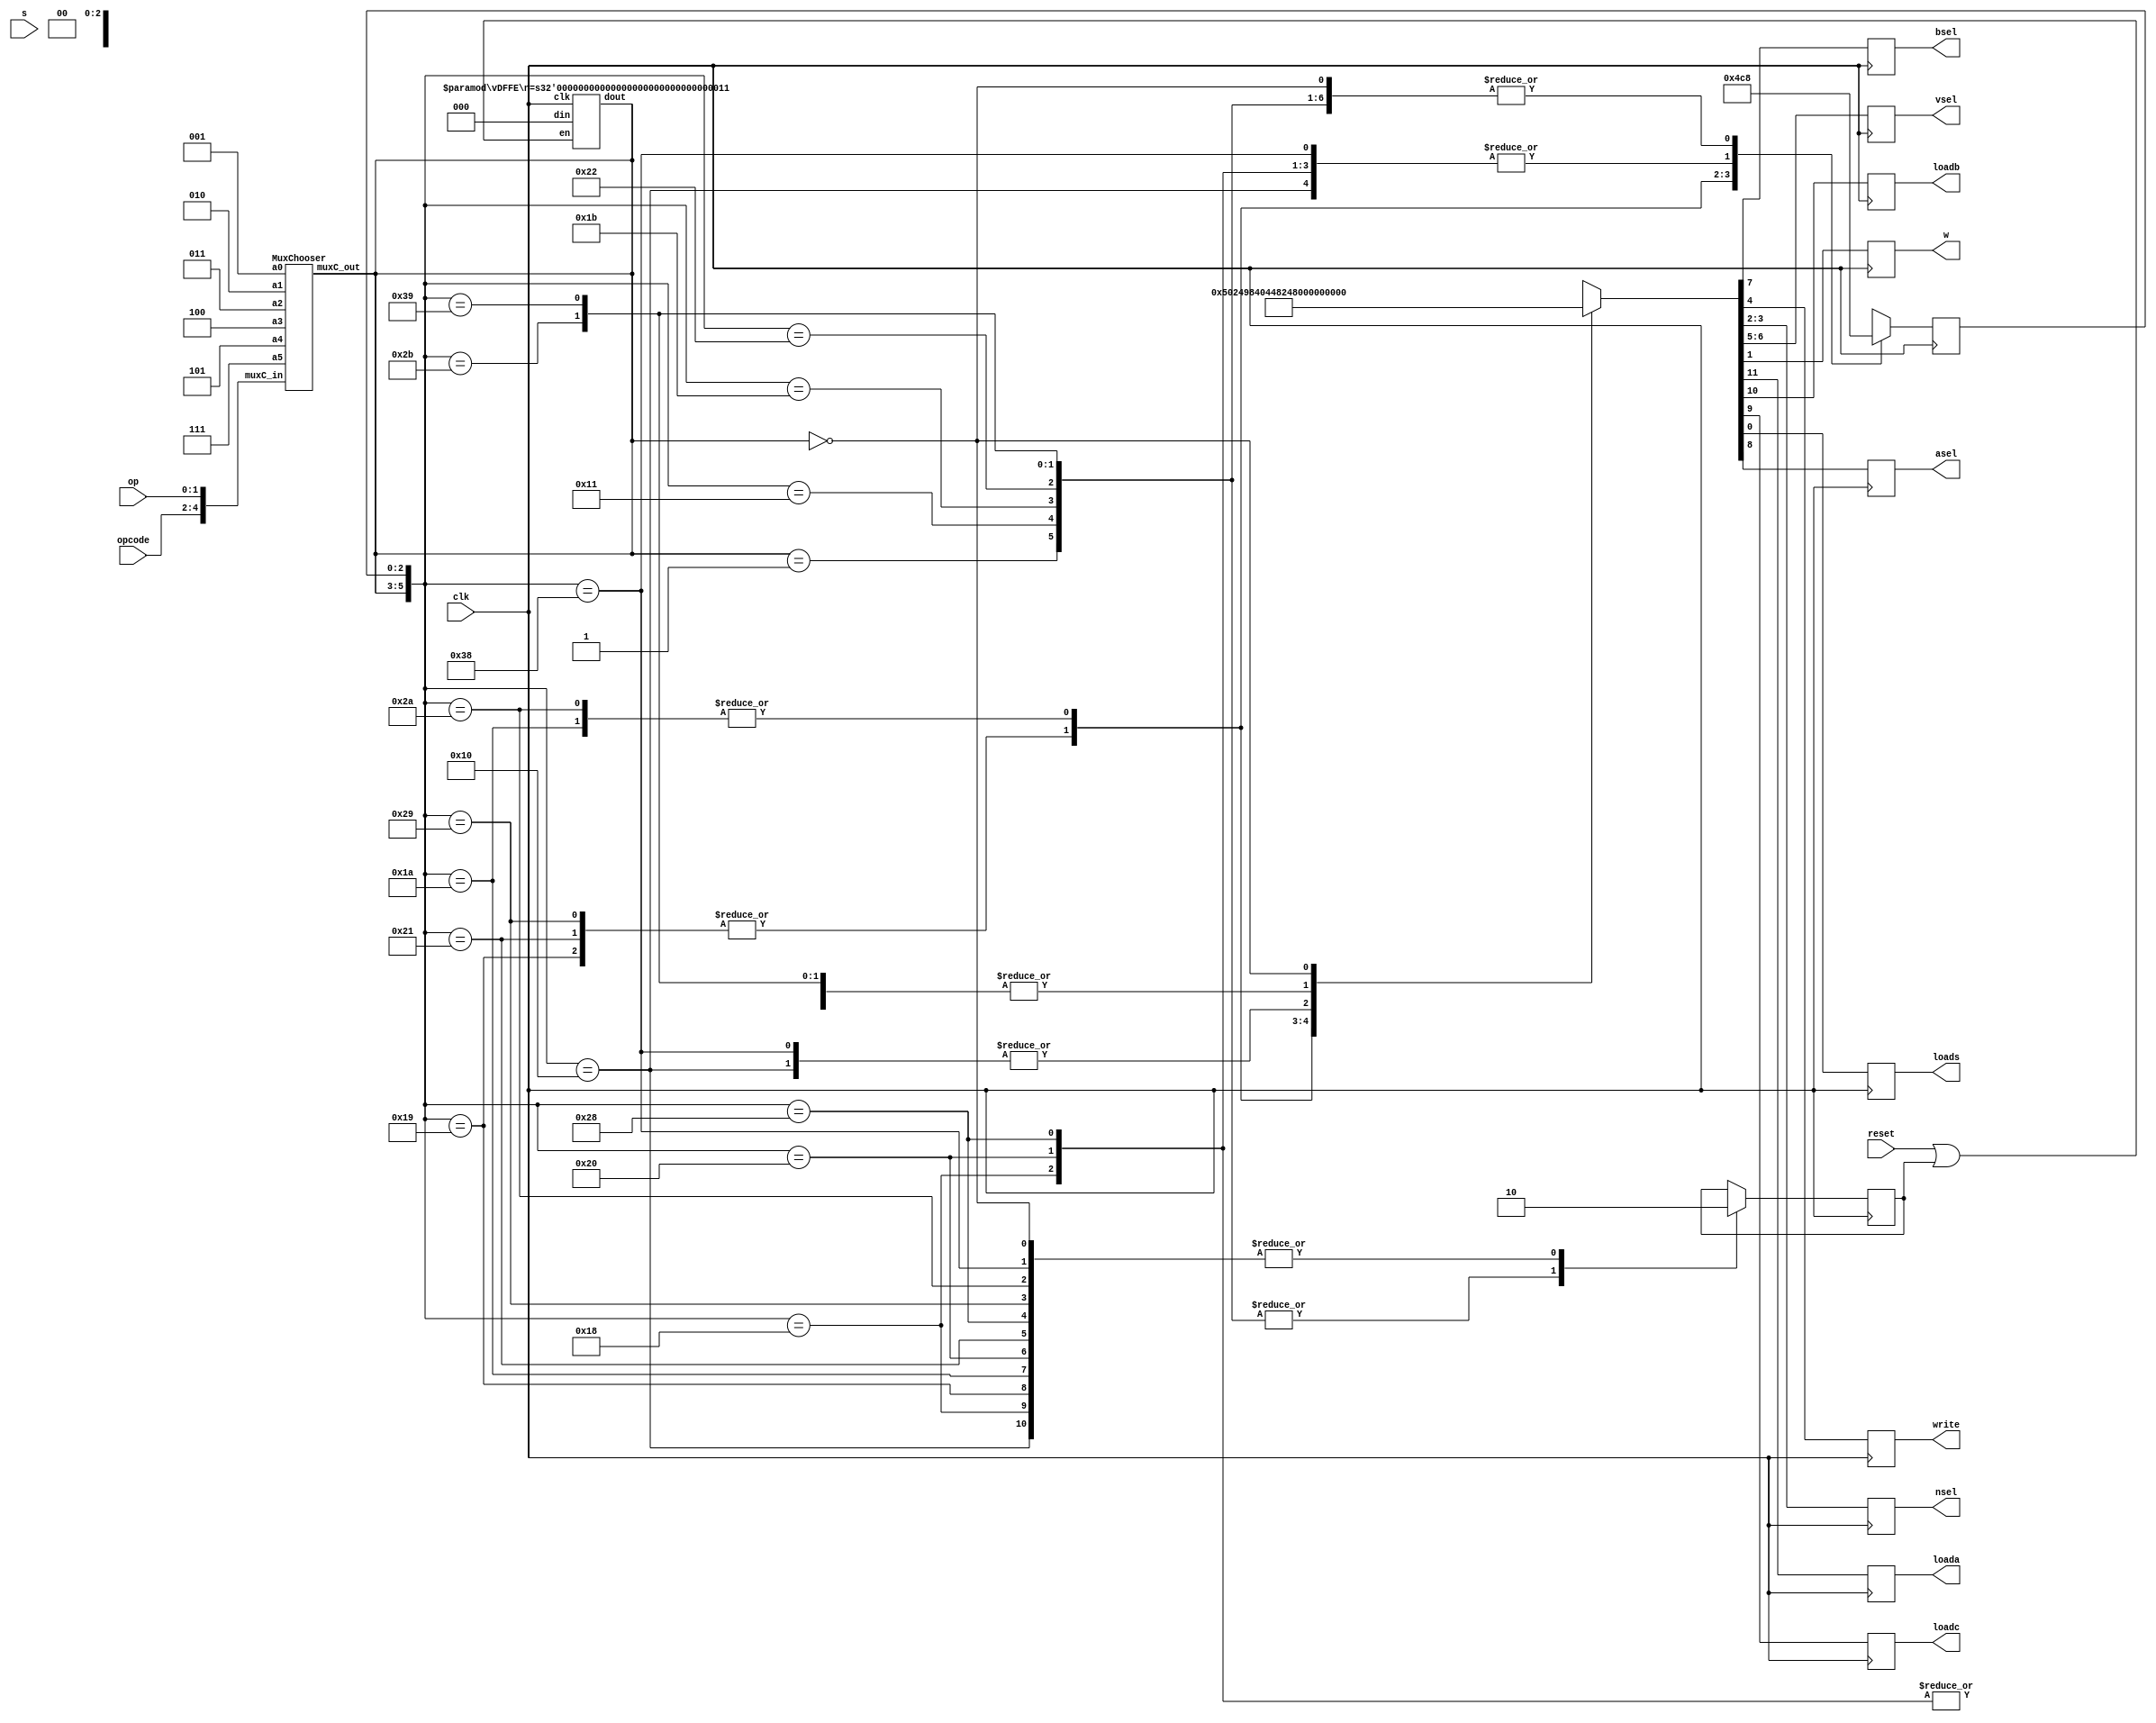

//define the states for finite state machine
`define WAIT 3'b000 
`define MOVRn 3'b001
`define MOVRd 3'b010
`define ADD 3'b011
`define CMP 3'b100
`define AND 3'b101
`define MVN 3'b111

//FINITE STATE MACHINE 
module FSM_chooser(clk, s, reset, opcode, op, nsel, w, loada, loadb, loadc, loads, asel, bsel, write, vsel);
  //inputs and outputs
  input clk, s, reset;
  input [2:0] opcode;
  input [1:0] op;
  
  output [1:0] nsel, vsel;
  output w, loada, loadb, loadc, loads, asel, bsel, write;
  
  reg loada, loadb, loadc, loads, asel, bsel, write, w;
  reg [1:0] nsel, vsel; 
  reg [2:0] step;
  reg [2:0] next_state;

  reg custom; //custom=1 identifies the end of an instruction

  wire [2:0] chosenOne; //chosen state from multiplexer
  wire [2:0] chosenOne_reset;
  wire wANDs = w & s; //used to determine if we are in WAIT
  
  MuxChooser choose(`MVN, `AND, `CMP, `ADD, `MOVRd, `MOVRn, {opcode, op}, chosenOne); //chooses the next state
  vDFFE #(3) vSelFF(clk, resetOrcustom, `WAIT, chosenOne_reset); //determines if the next state is WAIT 

  assign resetOrcustom = reset | custom;
  assign chosenOne_reset = chosenOne;

  always @(posedge clk) begin
    next_state = chosenOne_reset;

    casex ({next_state, step}) 
      {`MOVRn, 3'bx}: {loada, loadb, loadc, asel, bsel, vsel, write, nsel, w, loads, custom, step} = {12'b0_0_0_0_0_10_1_00_0_0, 1'b1, 3'd0};
       
      {`MOVRd, 3'd0}: {loada, loadb, loadc, asel, bsel, vsel, write, nsel, w, loads, custom, step} = {12'b0_1_1_1_0_10_0_10_0_0, 1'b0, 3'd1};
      {`MOVRd, 3'd1}: {loada, loadb, loadc, asel, bsel, vsel, write, nsel, w, loads, custom, step} = {12'b0_0_0_0_0_00_1_01_0_0, 1'b1, 3'd0};
        
      {`ADD, 3'd0}: {loada, loadb, loadc, asel, bsel, vsel, write, nsel, w, loads, custom, step} = {12'b1_0_0_0_0_10_0_00_0_0, 1'b0, 3'd1};
      {`ADD, 3'd1}: {loada, loadb, loadc, asel, bsel, vsel, write, nsel, w, loads, custom, step} = {12'b0_1_0_0_0_10_0_10_0_0, 1'b0, 3'd2};
      {`ADD, 3'd2}: {loada, loadb, loadc, asel, bsel, vsel, write, nsel, w, loads, custom, step} = {12'b0_0_1_0_0_10_0_10_0_0, 1'b0, 3'd3};
      {`ADD, 3'd3}: {loada, loadb, loadc, asel, bsel, vsel, write, nsel, w, loads, custom, step} = {12'b0_0_0_0_0_00_1_01_0_0, 1'b1, 3'd0};
        
      {`CMP, 3'd0}: {loada, loadb, loadc, asel, bsel, vsel, write, nsel, w, loads, custom, step} = {12'b1_0_0_0_0_10_0_00_0_0, 1'b0, 3'd1};
      {`CMP, 3'd1}: {loada, loadb, loadc, asel, bsel, vsel, write, nsel, w, loads, custom, step} = {12'b0_1_0_0_0_10_0_10_0_0, 1'b0, 3'd2};
      {`CMP, 3'd2}: {loada, loadb, loadc, asel, bsel, vsel, write, nsel, w, loads, custom, step} = {12'b0_0_1_0_0_10_0_10_0_1, 1'b1, 3'd0};
        
      {`AND, 3'd0}: {loada, loadb, loadc, asel, bsel, vsel, write, nsel, w, loads, custom, step} = {12'b1_0_0_0_0_10_0_00_0_0, 1'b0, 3'd1};
      {`AND, 3'd1}: {loada, loadb, loadc, asel, bsel, vsel, write, nsel, w, loads, custom, step} = {12'b0_1_0_0_0_10_0_10_0_0, 1'b0, 3'd2};
      {`AND, 3'd2}: {loada, loadb, loadc, asel, bsel, vsel, write, nsel, w, loads, custom, step} = {12'b0_0_1_0_0_10_0_10_0_0, 1'b0, 3'd3};
      {`AND, 3'd3}: {loada, loadb, loadc, asel, bsel, vsel, write, nsel, w, loads, custom, step} = {12'b0_0_0_0_0_00_1_01_0_0, 1'b1, 3'd0};
        
      {`MVN, 3'd0}: {loada, loadb, loadc, asel, bsel, vsel, write, nsel, w, loads, custom, step} = {12'b0_1_1_1_0_10_0_10_0_0, 1'b0, 3'd1};
      {`MVN, 3'd1}: {loada, loadb, loadc, asel, bsel, vsel, write, nsel, w, loads, custom, step} = {12'b0_0_0_0_0_00_1_01_0_0, 1'b1, 3'd0};

      {`WAIT, 3'bxxx}: {loada, loadb, loadc, asel, bsel, vsel, write, nsel, w, loads, custom, step} = {12'b0_0_0_0_0_00_0_00_0_0, 1'b0, 3'd0};
          
      default:{loada, loadb, loadc, asel, bsel, vsel, write, nsel, w, loads, next_state, step} = {16'bx};
    endcase 
  end           
endmodule 


module MuxChooser(a5, a4, a3, a2, a1, a0, muxC_in, muxC_out) ;
  parameter k = 3;
  parameter m = 5;
  input [k-1:0] a5, a4, a3, a2, a1, a0;  // inputs
  input  [m-1:0] muxC_in;          
  output [k-1:0] muxC_out;
  reg [k-1:0] muxC_out;

  always @(*) begin
    case(muxC_in)
      5'b110_10: muxC_out = a0;
      5'b110_00: muxC_out = a1;
      5'b101_00: muxC_out = a2;
      5'b101_01: muxC_out = a3;
      5'b101_10: muxC_out = a4;
      5'b101_11: muxC_out = a5;
      default: muxC_out = {k{1'bx}};
    endcase
  end 
endmodule

//load enabled register 
module vDFFE(clk, en, din, dout);
  parameter n = 16;
  input clk, en;
  input [n-1:0] din;
  output [n-1:0] dout;
  reg [n-1:0] dout;
  wire [n-1:0] next_out;

  assign next_out = en ? din : dout;

  always @(posedge clk) begin
    dout = next_out;
  end

endmodule